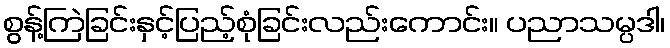
စွန့်ကြဲခြင်းနှင့်ပြည့်စုံခြင်းလည်းကောင်း။ ပညာသမ္ပဒါ၊